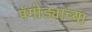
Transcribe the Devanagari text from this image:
पॅगोड्याच्या